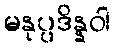
မနုပ္ပဒိန္နဝါ